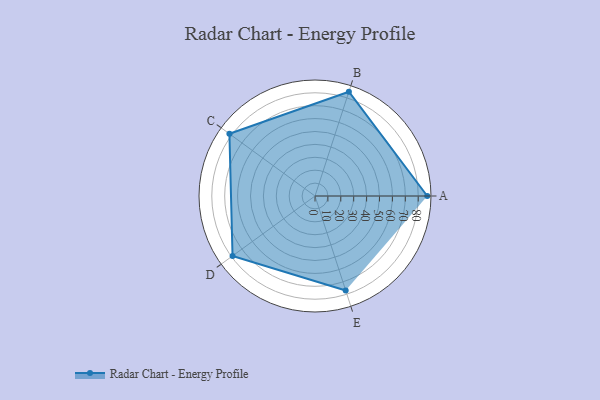
{"axis": {"x": "Skill", "y": "Score"}, "legend": ["Profile"], "data": [{"x": "A", "y": 87.0, "type": "Profile"}, {"x": "B", "y": 85.0, "type": "Profile"}, {"x": "C", "y": 82.0, "type": "Profile"}, {"x": "D", "y": 79.0, "type": "Profile"}, {"x": "E", "y": 77.0, "type": "Profile"}]}